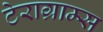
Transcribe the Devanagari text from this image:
टेराग्राम्स